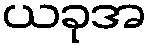
ယခုအ